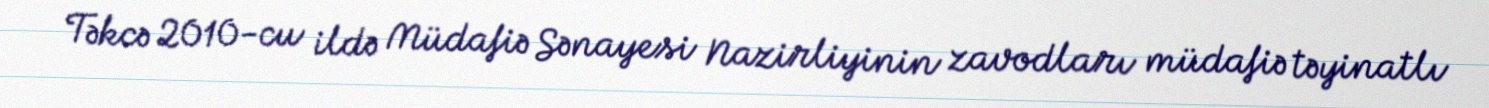
Təkcə 2010-cu ildə Müdafiə Sənayesi Nazirliyinin zavodları müdafiə təyinatlı